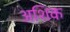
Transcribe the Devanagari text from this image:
अशिक